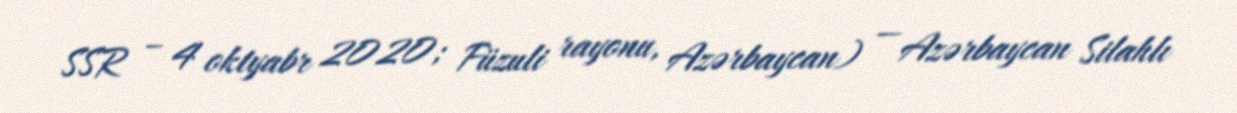
SSR – 4 oktyabr 2020; Füzuli rayonu, Azərbaycan) — Azərbaycan Silahlı